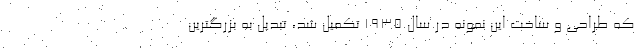
که طراحی و ساخت این نمونه در سال 1935 تکمیل شد، تبدیل به بزرگترین